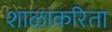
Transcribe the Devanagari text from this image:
शाळाकरिता